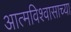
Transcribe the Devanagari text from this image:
आत्मविश्वासाच्या